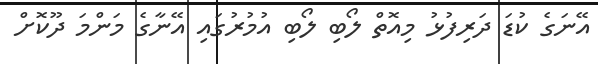
އޭނަގެ ކުޑަ ދަރިފުޅު މިއޮތް ލޯބި ލޯބި އުމުރުގައި އޭނާގެ މަންމަ ދޫކޮށް